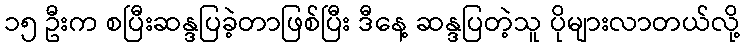
၁၅ ဦးက စပြီးဆန္ဒပြခဲ့တာဖြစ်ပြီး ဒီနေ့ ဆန္ဒပြတဲ့သူ ပိုများလာတယ်လို့